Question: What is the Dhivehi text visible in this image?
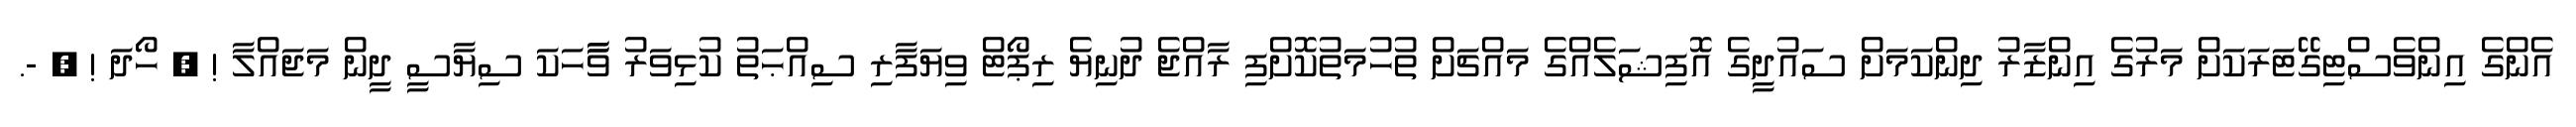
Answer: އެންގެ އިންވެސްޓިގޭޓަރަކަށް މަރުގެ އިންޒާރު ދިންކަމަށް ސައުދީގެ އޮފިޝަލެއްގެ މައްޗަށް ތުހުމަތުކޮށްފި ރާއްޖެ ދުނިޔެ ރިޕޯޓް ވިޔަފާރި ސިއްޙަތު ކުޅިވަރު ވާާހަކަ ސިޔާސީ ދީން މަޖައްލާ ! ? ހޯދަ ! ? -.